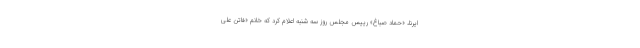
ایرنا، «حماد صباغ» رییس مجلس روز سه شنبه اعلام کرد که خانم «فاتن علی